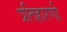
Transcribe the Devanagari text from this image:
प्रतिहारणी